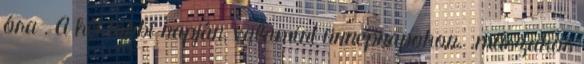
óra . A hét többi napján, valamint ünnepnapokon. .műszakos